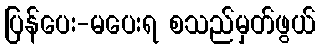
ပြန်ပေး-မပေးရ စသည်မှတ်ဖွယ်